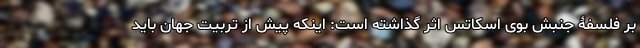
بر فلسفۀ جنبش بوی اسکاتس اثر گذاشته است: اینکه پیش از تربیت جهان باید